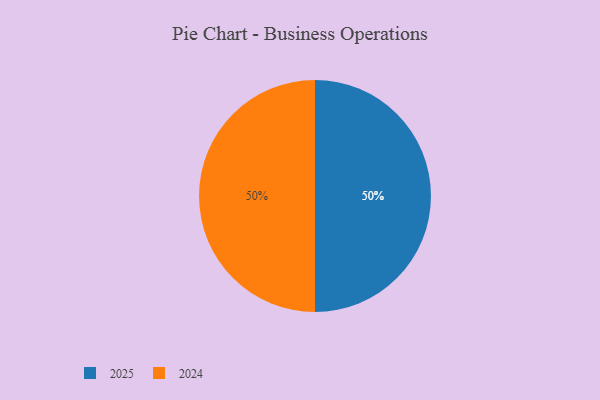
{"axis": {"x": "Category", "y": "Percentage"}, "legend": ["2024", "2025"], "data": [{"x": "2025", "y": 50, "type": "2025"}, {"x": "2024", "y": 50, "type": "2024"}]}